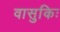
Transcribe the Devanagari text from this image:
वासुकिः